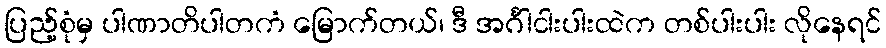
ပြည့်စုံမှ ပါဏာတိပါတကံ မြောက်တယ်၊ ဒီ အင်္ဂါငါးပါးထဲက တစ်ပါးပါး လိုနေရင်